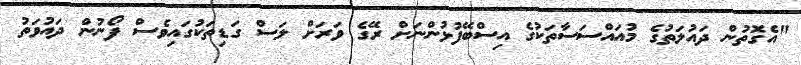
"އެގޮތުން ދައުލަތުގެ މުއައްސަސާތަކުގެ އިސްބޭފުޅުންނަށް ރޭގެ ވަރަށް ލަސް ގަޑިތަކުގައިވެސް ފޯނުން ދައުވަތު